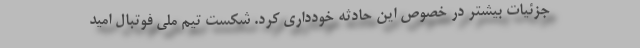
جزئیات بیشتر در خصوص این حادثه خودداری کرد. شکست تیم ملی فوتبال امید